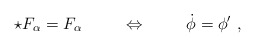
\begin{align*}\star F_{\alpha} = F_{\alpha} \hspace*{1cm} \Leftrightarrow \hspace*{1cm} \dot{\phi} = \phi' \ ,\end{align*}